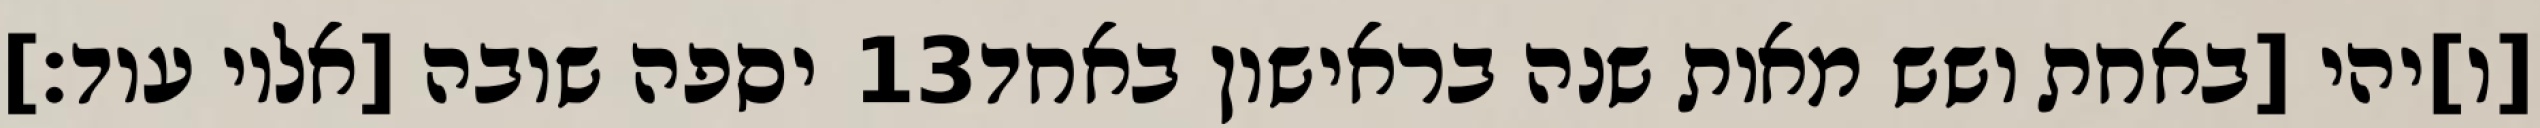
יספה שובה [אליו עוד׃] ‎13‏ [ו]יהי [באחת ושש מאות שנה בראישון באחד